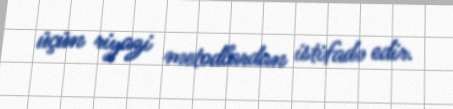
üçün riyazi metodlardan istifadə edir.